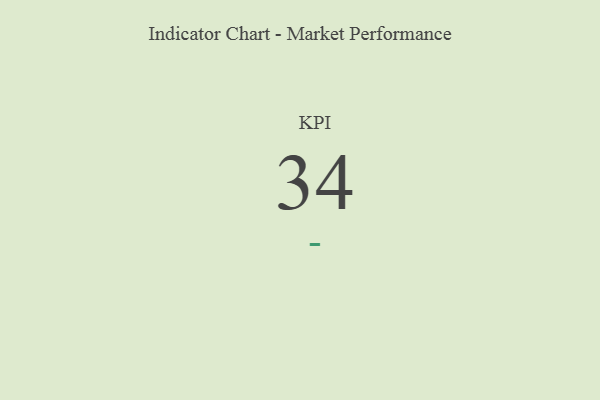
{"axis": {"x": "KPI", "y": "Value"}, "legend": [""], "data": [{"x": "KPI", "y": 34, "type": ""}]}